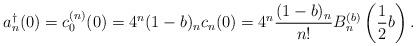
LaTeX: \begin{gather*} a_n^\dagger(0)=c_0^{(n)}(0)=4^n(1-b)_n c_n(0)=4^n\frac{(1-b)_n}{n!} B_n^{(b)}\left(\frac12b\right) .\end{gather*}